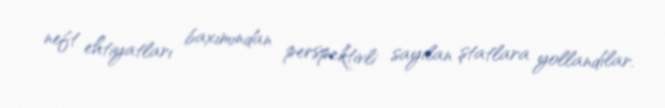
neft ehtiyatları baxımından perspektivli sayılan ştatlara yollandılar.